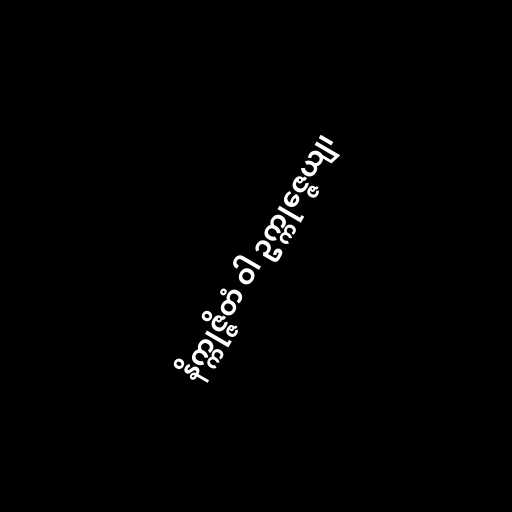
နိက္ကုဇ္ဇိတံ ဝါ ဥက္ကုဇ္ဇေယျ၊